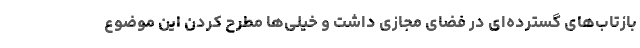
بازتاب‌های گسترده‌ای در فضای مجازی داشت و خیلی‌ها مطرح کردن این موضوع